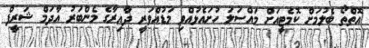
އޮތްތޯ ބެލުމަށް ކޮމެޓީއަށް މައްސަލަ ހުށައެޅުއްވި މަޑުއްވަރީ ދާއިރާގެ މެންބަރު އާދަމް ޝަރީފް